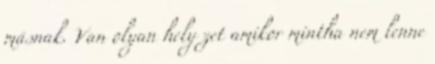
másnak. Van olyan hely zet amikor mintha nem lenne